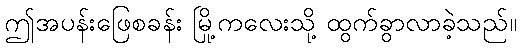
ဤအပန်းဖြေစခန်း မြို့ကလေးသို့ ထွက်ခွာလာခဲ့သည်။